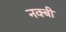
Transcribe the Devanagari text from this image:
नक्बी